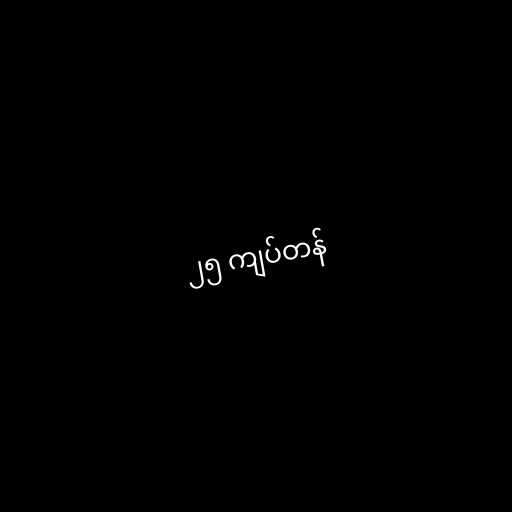
၂၅ ကျပ်တန်